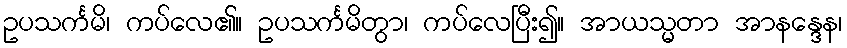
ဥပသင်္ကမိ၊ ကပ်လေ၏။ ဥပသင်္ကမိတွာ၊ ကပ်လေပြီး၍။ အာယသ္မတာ အာနန္ဒေန၊